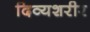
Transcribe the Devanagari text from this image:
दिव्यशरीर